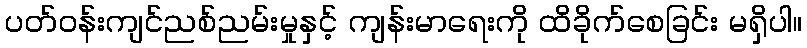
ပတ်ဝန်းကျင်ညစ်ညမ်းမှုနှင့် ကျန်းမာရေးကို ထိခိုက်စေခြင်း မရှိပါ။